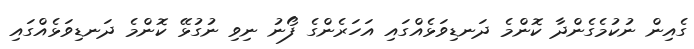
ގެއިން ނުކުމެގެންދާ ކޮންމެ ދަނޑިވަޅެއްގައި އަހަރެންގެ ފޯނު ނިވި ނުގުޅޭ ކޮންމެ ދަނޑިވަޅެއްގައި